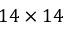
1 4 \times 1 4